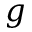
g